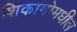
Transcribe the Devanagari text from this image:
शिकागोमधील